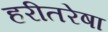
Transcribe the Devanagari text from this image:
हरीतरेषा